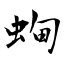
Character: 蜔